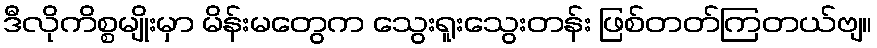
ဒီလိုကိစ္စမျိုးမှာ မိန်းမတွေက သွေးရူးသွေးတန်း ဖြစ်တတ်ကြတယ်ဗျ။